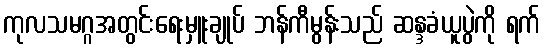
ကုလသမဂ္ဂအတွင်းရေးမှူးချုပ် ဘန်ကီမွန်းသည် ဆန္ဒခံယူပွဲကို ရက်